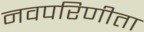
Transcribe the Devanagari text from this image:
नवपरिणीता